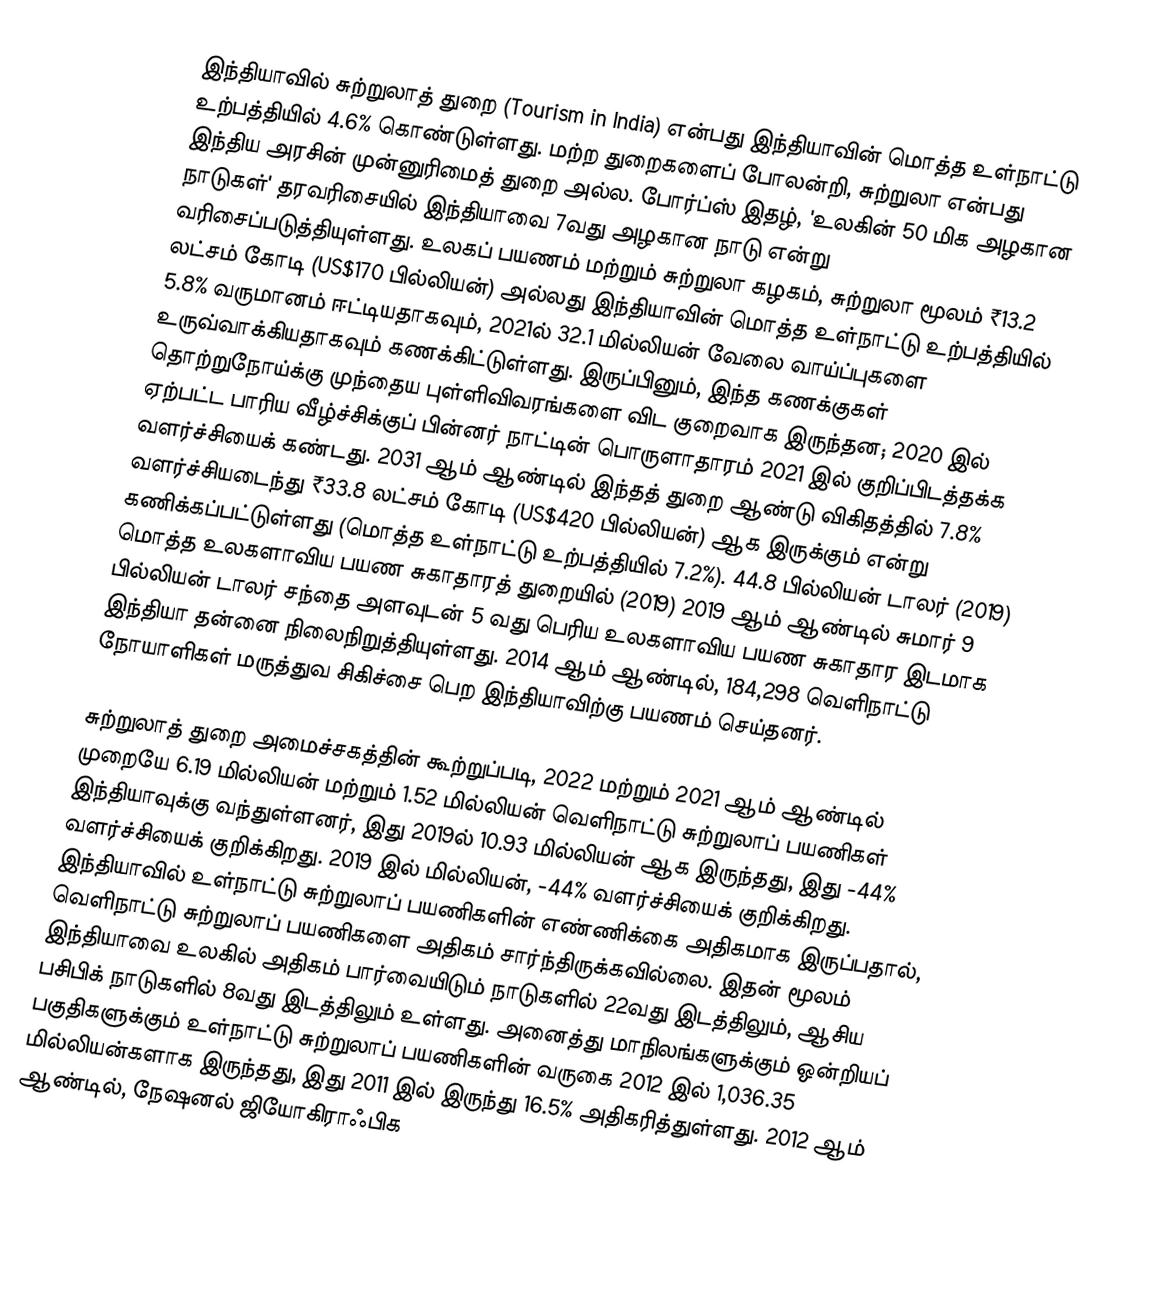
இந்தியாவில் சுற்றுலாத் துறை (Tourism in India) என்பது இந்தியாவின் மொத்த உள்நாட்டு உற்பத்தியில் 4.6% கொண்டுள்ளது. மற்ற துறைகளைப் போலன்றி, சுற்றுலா என்பது இந்திய அரசின் முன்னுரிமைத் துறை அல்ல. போர்ப்ஸ் இதழ், 'உலகின் 50 மிக அழகான நாடுகள்' தரவரிசையில் இந்தியாவை 7வது அழகான நாடு என்று வரிசைப்படுத்தியுள்ளது.  உலகப் பயணம் மற்றும் சுற்றுலா கழகம், சுற்றுலா மூலம் ₹13.2 லட்சம் கோடி (US$170 பில்லியன்) அல்லது இந்தியாவின் மொத்த உள்நாட்டு உற்பத்தியில் 5.8% வருமானம் ஈட்டியதாகவும், 2021ல் 32.1 மில்லியன் வேலை வாய்ப்புகளை உருவ்வாக்கியதாகவும் கணக்கிட்டுள்ளது. இருப்பினும், இந்த கணக்குகள் தொற்றுநோய்க்கு முந்தைய புள்ளிவிவரங்களை விட குறைவாக இருந்தன; 2020 இல் ஏற்பட்ட பாரிய வீழ்ச்சிக்குப் பின்னர் நாட்டின் பொருளாதாரம் 2021 இல் குறிப்பிடத்தக்க வளர்ச்சியைக் கண்டது. 2031 ஆம் ஆண்டில் இந்தத் துறை ஆண்டு விகிதத்தில் 7.8% வளர்ச்சியடைந்து ₹33.8 லட்சம் கோடி (US$420 பில்லியன்) ஆக இருக்கும் என்று கணிக்கப்பட்டுள்ளது (மொத்த உள்நாட்டு உற்பத்தியில் 7.2%).  44.8 பில்லியன் டாலர் (2019) மொத்த உலகளாவிய பயண சுகாதாரத் துறையில் (2019) 2019 ஆம் ஆண்டில் சுமார் 9 பில்லியன் டாலர் சந்தை அளவுடன் 5 வது பெரிய உலகளாவிய பயண சுகாதார இடமாக இந்தியா தன்னை நிலைநிறுத்தியுள்ளது.   2014 ஆம் ஆண்டில், 184,298 வெளிநாட்டு நோயாளிகள் மருத்துவ சிகிச்சை பெற இந்தியாவிற்கு பயணம் செய்தனர்.

சுற்றுலாத் துறை அமைச்சகத்தின் கூற்றுப்படி, 2022 மற்றும் 2021 ஆம் ஆண்டில் முறையே 6.19 மில்லியன் மற்றும் 1.52 மில்லியன் வெளிநாட்டு சுற்றுலாப் பயணிகள் இந்தியாவுக்கு வந்துள்ளனர், இது 2019ல் 10.93 மில்லியன் ஆக இருந்தது, இது -44% வளர்ச்சியைக் குறிக்கிறது. 2019 இல் மில்லியன், -44% வளர்ச்சியைக் குறிக்கிறது.  இந்தியாவில் உள்நாட்டு சுற்றுலாப் பயணிகளின் எண்ணிக்கை அதிகமாக இருப்பதால், வெளிநாட்டு சுற்றுலாப் பயணிகளை அதிகம் சார்ந்திருக்கவில்லை. இதன் மூலம் இந்தியாவை உலகில் அதிகம் பார்வையிடும் நாடுகளில் 22வது இடத்திலும், ஆசிய பசிபிக் நாடுகளில் 8வது இடத்திலும் உள்ளது.  அனைத்து மாநிலங்களுக்கும் ஒன்றியப் பகுதிகளுக்கும் உள்நாட்டு சுற்றுலாப் பயணிகளின் வருகை 2012 இல் 1,036.35 மில்லியன்களாக இருந்தது, இது 2011 இல் இருந்து 16.5% அதிகரித்துள்ளது.  2012 ஆம் ஆண்டில், நேஷனல் ஜியோகிராஃபிக